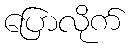
ပြောလိုက်